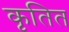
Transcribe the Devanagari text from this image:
कृतित